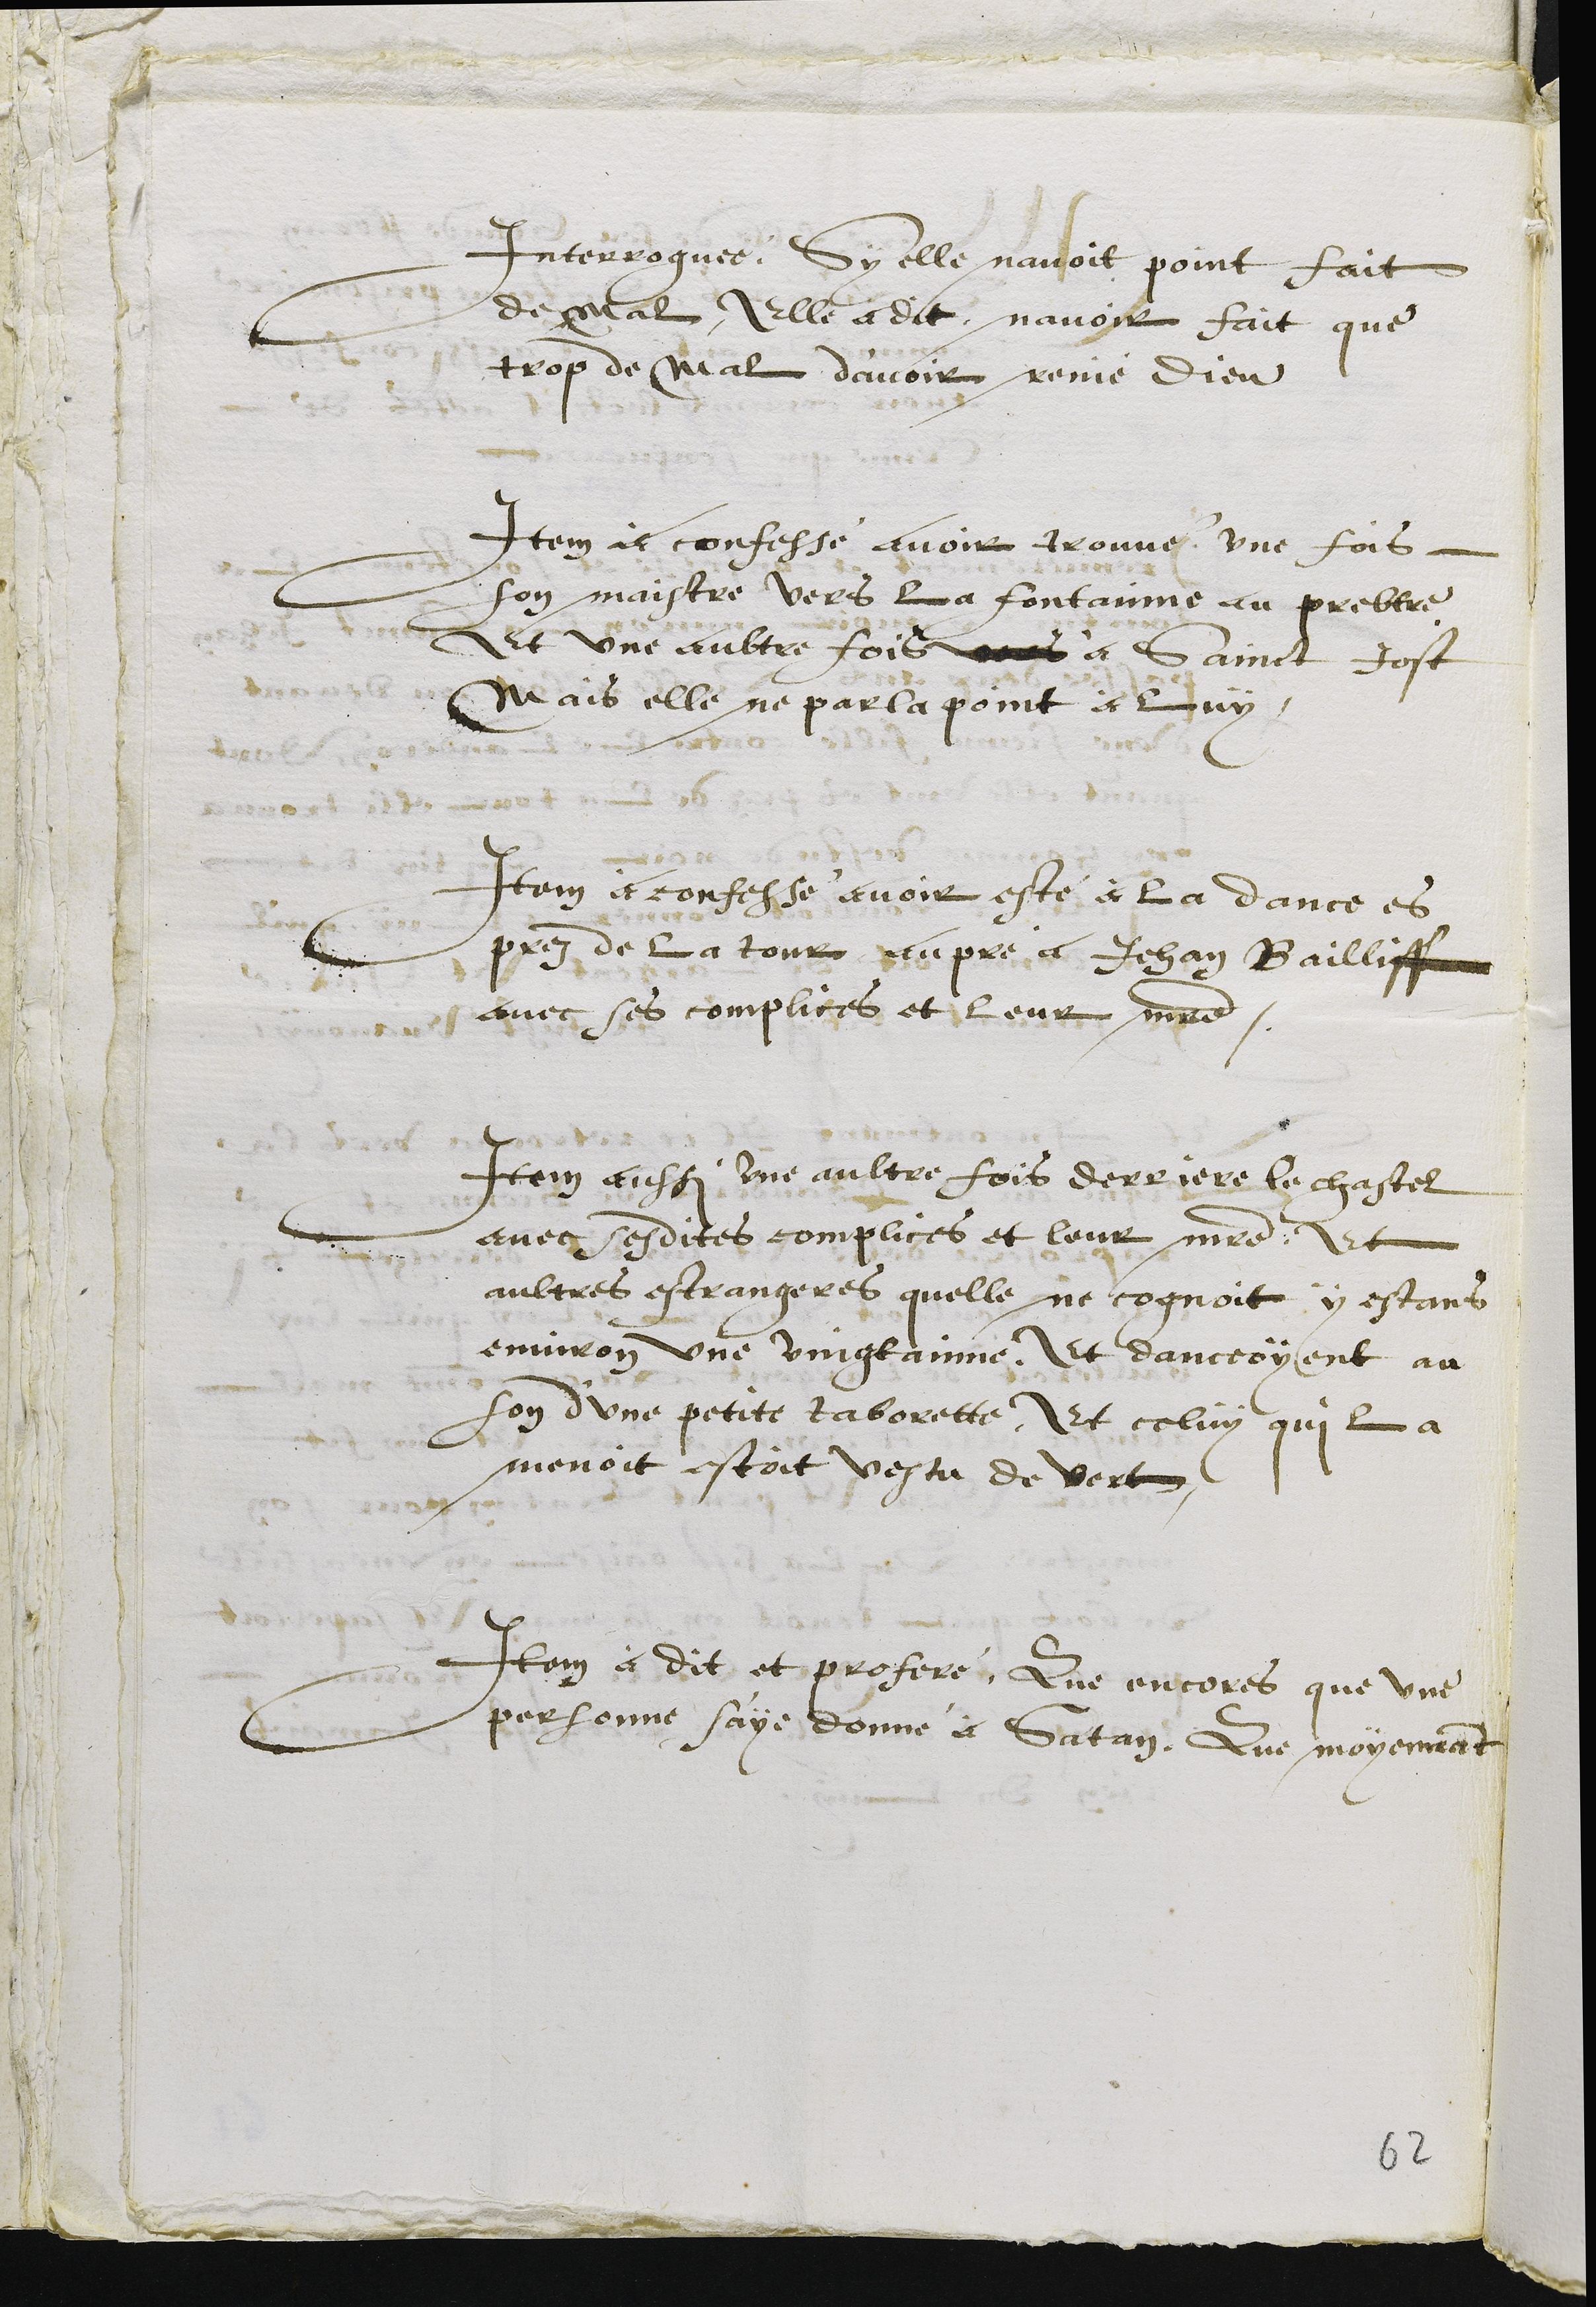
Interroguee, Sy elle navoit point fait
de mal, Elle a dit navoir fait que
trop de mal d'avoir renié Dieu
Item à confessé avoir trouvé une fois
son maistre vers la fontainne au prebtre
Et une aultre fois vers à Sainct Jost
mais elle ne parla point à luy
Item à confessé avoit esté à la dance es
prez de la tour au pré a Jehan Bailliff
avec ses complices et leur maitre.
Item aussi une aultre fois derriere le chastel
avec sesdites complices et leur maitre. Et
aultres estrangeres quelle ne cognoit y estant
environ une vingtainne, Et danceoyent au
son d'une petite taborette. Et celluy qui la
menoit estoit vestu de vert
Item à dit et proferé, Que encores que une
personne saye donné à Satan, Que moyennant
62